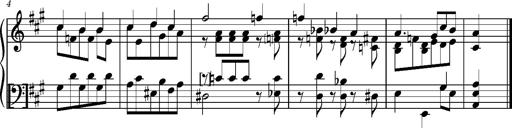
Title: Album-Leaf 'Molique'
Composer: Franz Liszt
Key: A major